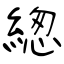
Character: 緫